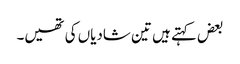
بعض کہتے ہیں تین شادیاں کی تھیں۔